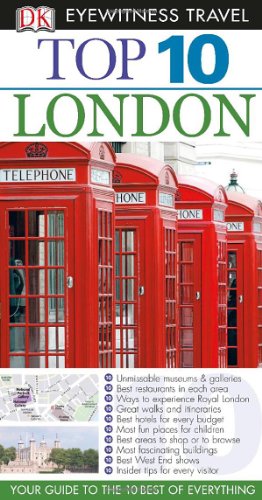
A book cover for Top 10 London (Eyewitness Top 10 Travel Guide); DK Publishing; History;